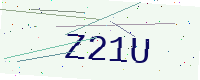
Text: Z21U